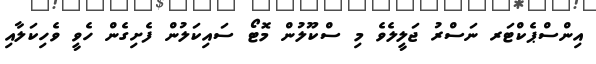
އިންސްޕެކްޓަރ ނަސްރު ޖަލީލެވެ މި ސްކޫލުން މޮޓޯ ސައިކަލުން ފެށިގެން ހެވީ ވެހިކަލާއި